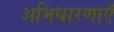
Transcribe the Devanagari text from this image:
अभिधारणाएँ